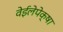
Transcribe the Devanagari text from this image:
वेईलेपेक्षा